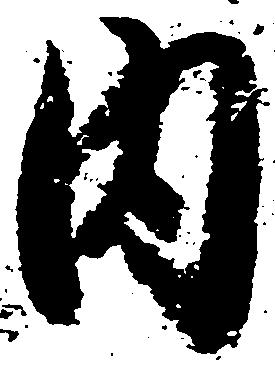
内